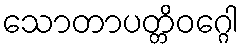
သောတာပတ္တိဝဂ္ဂေါ